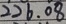
2 2 6 . 0 8